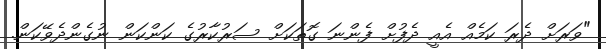
"ވަރަށް ދެރަ ކަމެއް އެއީ ދެފުށް ފެންނަ ގޮތަކަށް ސަރުކާރުގެ ކަންކަން ނުގެންދެވޭކަން.